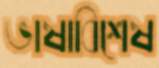
ভাষাবিশেষ